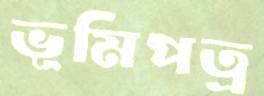
ভূমিপত্র